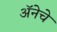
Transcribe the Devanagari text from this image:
अॅनेचे